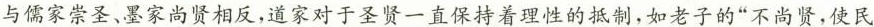
与儒家崇圣、墨家尚贤相反，道家对于圣贤一直保持着理性的抵制，如老子的”不尚贤，使民